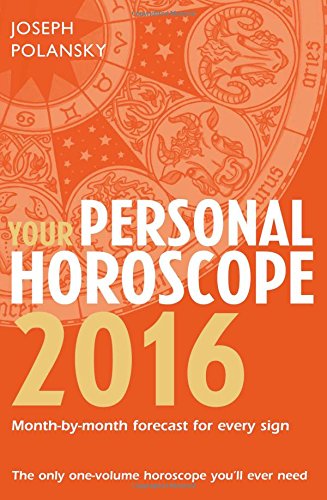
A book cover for Your Personal Horoscope 2016; Joseph Polansky; Religion & Spirituality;